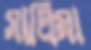
সালিমা